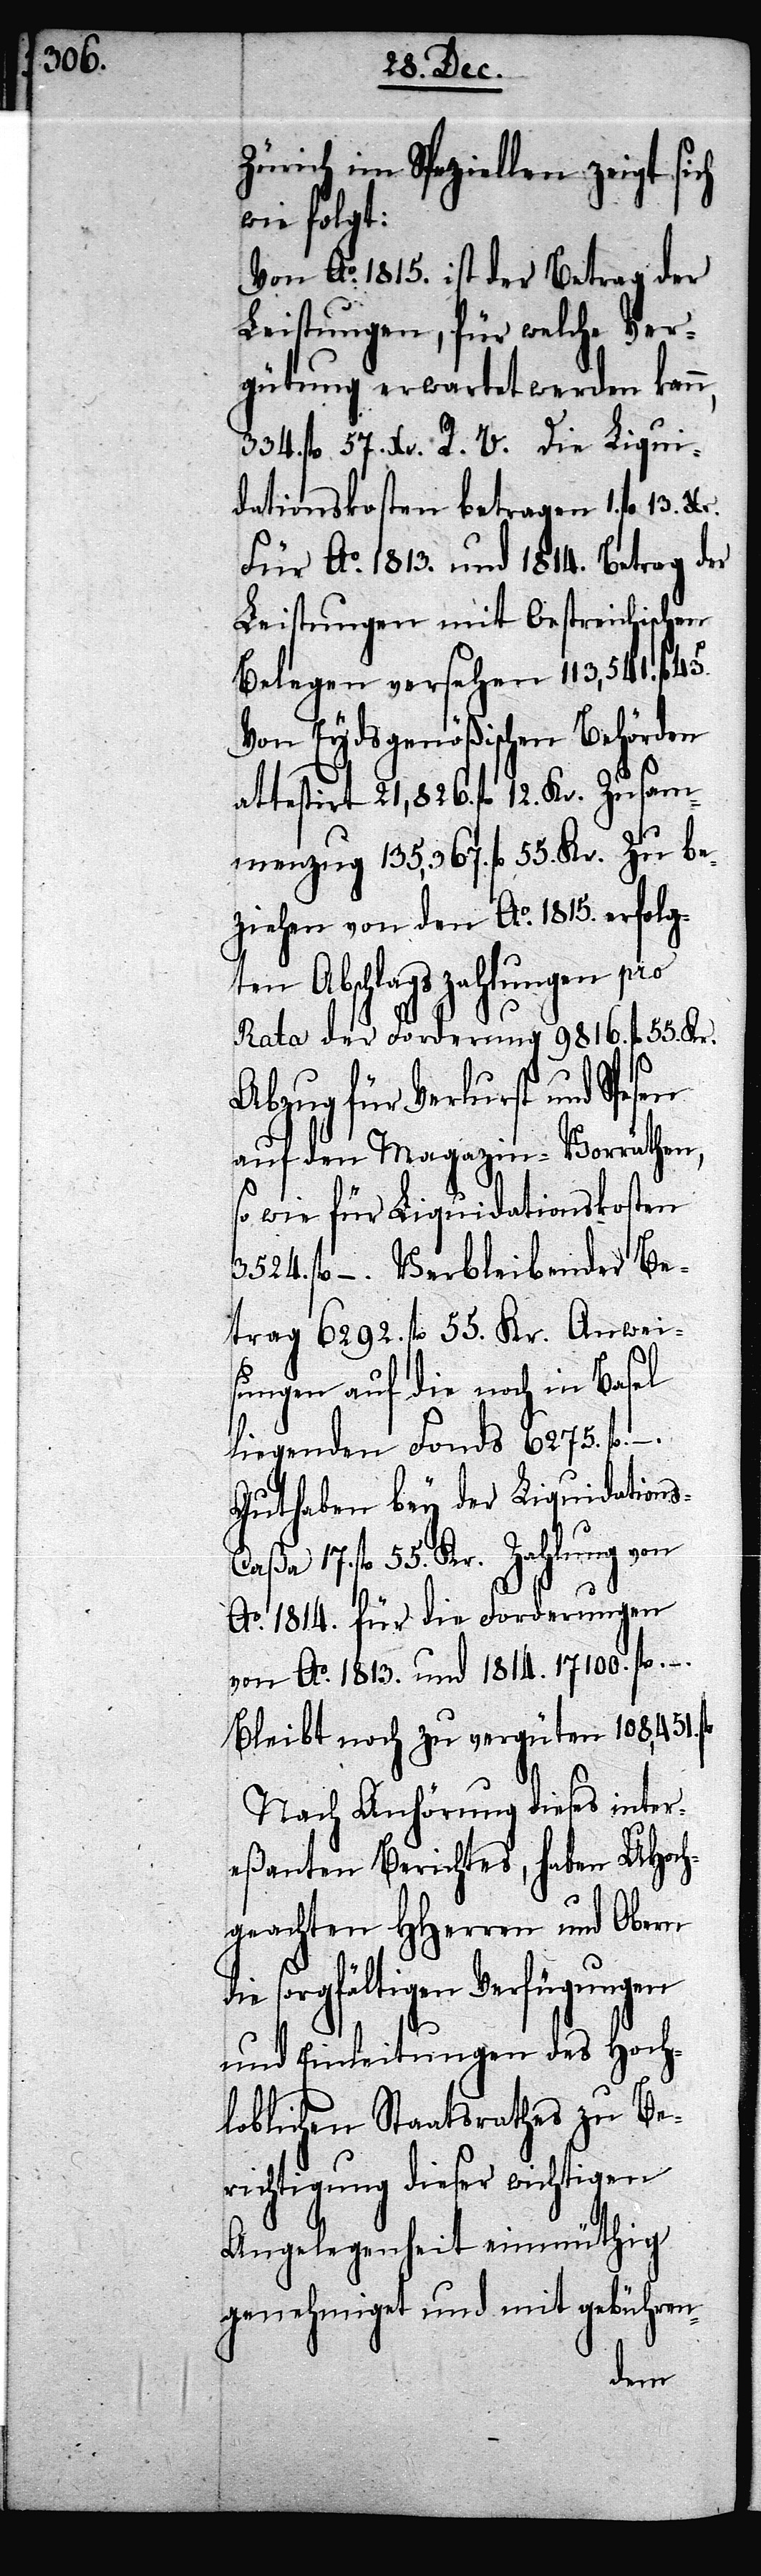
Zürich im Speziellen zeigt sich
wie folgt:
Von Ao. 1815. ist der Betrag der
Leistungen, für welche Ver¬
gütung erwartet werden kann,
334. fl. 57. Xr. R. V. Die Liqui¬
dationskosten betragen 1. fl. 13.
für Ao. 1813. und 1814. Betrag der
Leistungen mit Oestreichischen
Belegen versehen 113,541. fl.
Von Eydsgenößischen Behörden
attestirt 21,826. fl. 12. Kr. Zusam¬
menzug 135,367. fl. 55. Kr. Zu be¬
ziehen von den Ao. 1815. erfolg¬
ten Abschlagszahlungen pro
Rata der Forderung 9816. fl. 55 Kr.
Abzug für Verlurst und Spesen
auf den Magazin-Vorräthen,
so wie für Liquidationskosten
3524. fl. –. Verbleibender Be¬
trag 629. fl. 55 Kr. Anwei¬
sungen auf die noch in Basel
liegenden Fonds 6275. fl.
Bleibt noch zu vergüten 108,451. fl.
Nach Anhörung dieses inter¬
eßanten Berichtes, haben UHoch¬
geachten HHerren und Obern
sorgfältigen Verfügungen
und Einleitungen des Hoch¬
loblichen Staatsrathes zu Be¬
richtigung dieser wichtigen
Angelegenheit einmüthig
genehmigt und mit gebühren-